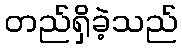
တည်ရှိခဲ့သည်